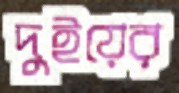
দুইয়ের